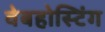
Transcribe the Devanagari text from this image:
वेबहोस्टिंग